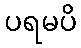
ပရမပိ